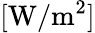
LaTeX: [\mathrm{W/m^{2}}]